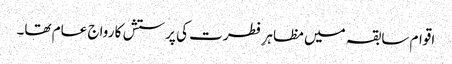
اقوام سابقہ میں مظاہرِ فطرت کی پرستش کا رواج عام تھا۔